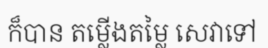
ក៏បាន តម្លើងតម្លៃ សេវាទៅ